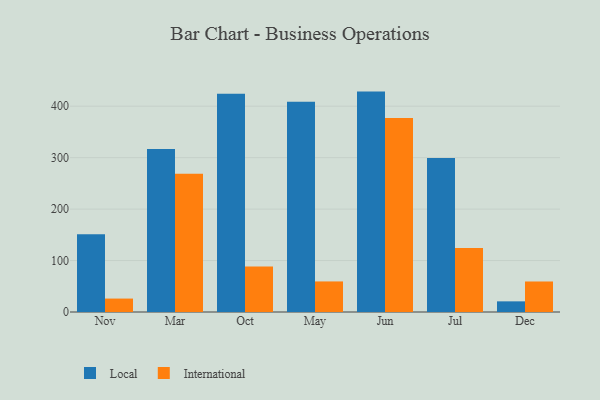
{"axis": {"x": "Month", "y": "Revenue (USD Million)"}, "legend": ["International", "Local"], "data": [{"x": "Nov", "y": 151.3, "type": "Local"}, {"x": "Nov", "y": 26.1, "type": "International"}, {"x": "Mar", "y": 317.0, "type": "Local"}, {"x": "Mar", "y": 268.5, "type": "International"}, {"x": "Oct", "y": 424.2, "type": "Local"}, {"x": "Oct", "y": 88.4, "type": "International"}, {"x": "May", "y": 408.5, "type": "Local"}, {"x": "May", "y": 59.4, "type": "International"}, {"x": "Jun", "y": 428.4, "type": "Local"}, {"x": "Jun", "y": 376.9, "type": "International"}, {"x": "Jul", "y": 299.2, "type": "Local"}, {"x": "Jul", "y": 124.6, "type": "International"}, {"x": "Dec", "y": 20.7, "type": "Local"}, {"x": "Dec", "y": 59.3, "type": "International"}]}